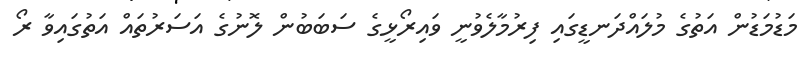
މަޑުމަޑުން އަތުގެ މުލައްދަނޑީގައި ފިރުމާލެވުނީ ވައިރޯޅީގެ ސަބަބުން ލޮނުގެ އަސަރުތައް އަތުގައިވާ ރޯ